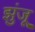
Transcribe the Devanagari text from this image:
झुंजू